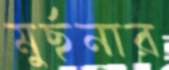
মুর্ছনার